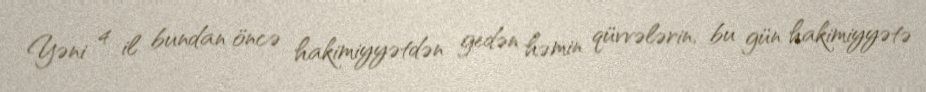
Yəni 4 il bundan öncə hakimiyyətdən gedən həmin qüvvələrin, bu gün hakimiyyətə